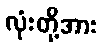
လုံးတို့အား